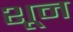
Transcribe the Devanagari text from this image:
शून